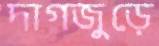
দাগজুড়ে